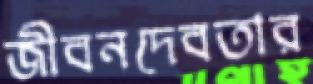
জীবনদেবতার